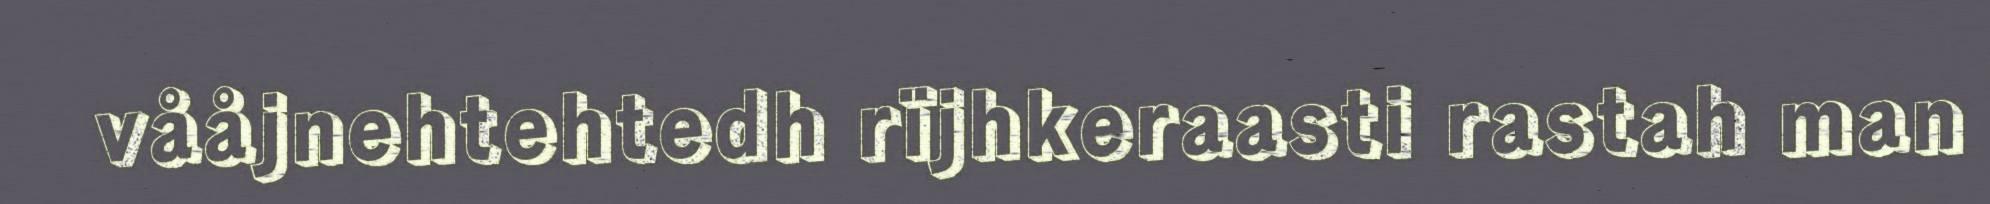
vååjnehtehtedh rïjhkeraasti rastah man